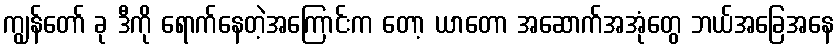
ကျွန်တော် ခု ဒီကို ရောက်နေတဲ့အကြောင်းက တော့ ယာတော အဆောက်အအုံတွေ ဘယ်အခြေအနေ